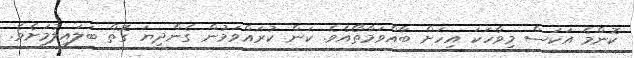
ކޮންމެ އަކަސް މިވާހަކަ އިހަށް ބާއްވަމާތޯއެވެ. ކަން ކުރައްވަމުން ގެންދިޔަ ގޮތް ބަލައިލުމަށެވެ.